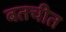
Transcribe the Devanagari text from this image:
बतचीत